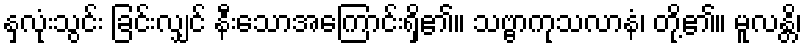
နှလုံးသွင်း ခြင်းလျှင် နီးသောအကြောင်းရှိ၏။ သဗ္ဗာကုသလာနံ၊ တို့၏။ မူလန္တိ၊